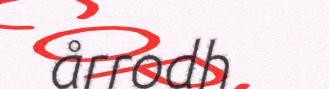
årrodh